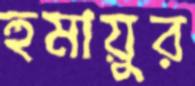
হুমায়ুর